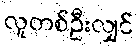
လူတစ်ဦးလျှင်